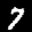
Label: 7